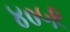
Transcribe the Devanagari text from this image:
४०५९